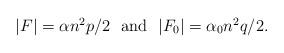
LaTeX: \begin{align*}\mbox{$|F| = \alpha n^2p/2~$ and $~|F_0| = \alpha_0 n^2q/2$.}\end{align*}